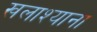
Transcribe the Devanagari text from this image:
खलाश्याना